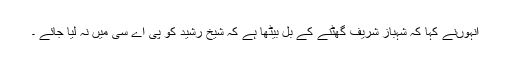
انہوںنے کہا کہ شہباز شریف گھٹنے کے بل بیٹھا ہے کہ شیخ رشید کو پی اے سی میں نہ لیا جائے ۔